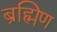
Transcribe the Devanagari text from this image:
ब्रह्मिण